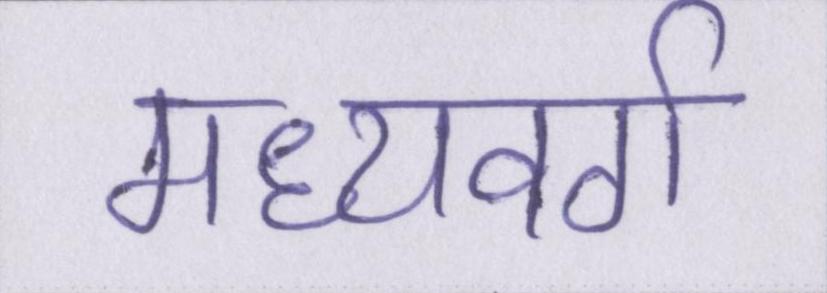
मध्यवर्ग